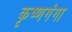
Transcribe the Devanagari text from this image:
कृष्णगंगा